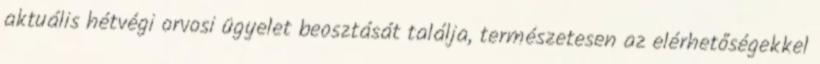
aktuális hétvégi orvosi ügyelet beosztását találja, természetesen az elérhetőségekkel